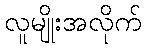
လူမျိုးအလိုက်